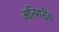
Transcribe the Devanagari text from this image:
अतिगरीब